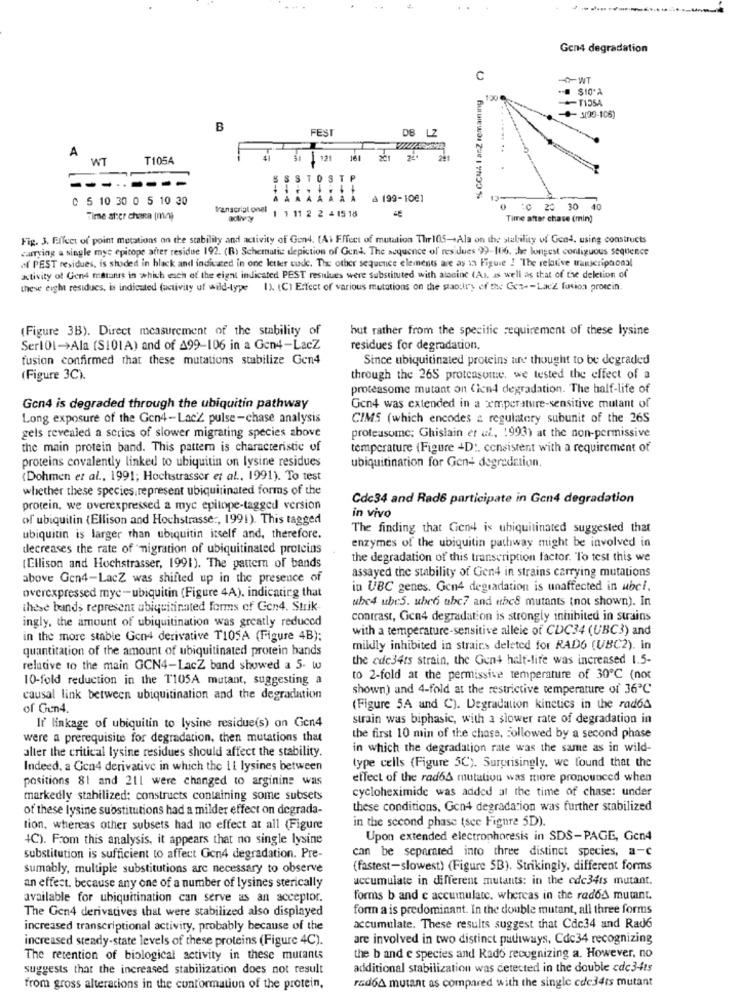
-
Gen4 degradation
C
% CCNA I anZ remaining
$10'A
120
-T1354
B
FEST
DB LZ
A
WT
T105A
121
161
-..
BSSTOSTP
C 5 10 30 0 5 10 30
& 199-1001
transcript onel
1 1 11 2 2 4 15 18
20 30 40
Time ator chaRa (mc)
Time after chase (min)
Fig. 3. Effect of point metations on the stability and activity of Gond. (Ai Fffeet of mutation Thir105-+Ala on the stability of Gond, using constructs
carrying a single myc epicope atter residue 192. (B) Schematic depiction of Gen4. The sequence of residues 99-Hti6. the longest contiguous sequence
PEST residues, is shoded in black and indicated in one letter cude. The other sequence elements are as in Figure ! "The relative transcripnonsl
Ktivity of Gens matanes in which wach of the eight indicated PEST residues were substituted with aloninc (As. as well as that of the deletion of
these eight residues, is indicated (activity uf wild-type 1). (C) Effect of various mutations on the stanley of the Ges -- Lacz fusion protein.
(Figure 3B). Direct measurement of the stability of
but rather from the specific requirement of these lysine
SerlOl->Ala (S101A) and of A99-106 in a Gen4-LacZ
residues for degradation.
fusion confirmed that these mutations stabilize Gen4
Since ubiquitinated proteins are thought to be degraded
(Figure 3C).
through the 26S proteasutte, we tested the effect of a
proteasome mutant on (icn4 degradation. The half-life of
Gon4 is degraded through the ubiquitin pathway
Gen4 was extended in a temperature-sensitive mutant of
Long exposure of the Gon4-LacZ pulse-chase analysis
CIMS (which encodes & regulatery subunit of the 26S
gels revealed a series of slower migrating species above
proteasome; Ghislain et al. 1993) at the non-permissive
the main protein band. This pattern is characteristic of
temperature (Figure +D :. consistent with a requirement of
proteins covalently linked to ubiquitin on lysine residues
ubiquitination for Gen+ degradation.
(Dohmen et al ., 1991; Hochstrasser et al ., 1991). To test
whether these species,represent ubiquitinated forms of the
Cde34 and Rad6 participate in Gen4 degradation
protein, we overexpressed a myc epitope-tagged version
of ubiquitin (Ellison and Hochstrasse ., 1991). This tagged
in vivo
The finding that Gend is ubiquitinated suggested that
ubiquitin is larger than ubiquitin itself and, therefore.
enzymes of the ubiquitin pathway might be involved in
decreases the rate of migration of ubiquitinated proteins
the degradation of this transcription factor. To test this we
[Ellison and Hochstrasser, 1991). The pattern of bands
assayed the stability of Gen4 in strains carrying mutations
above Gen4-LacZ was shifted up in the presence of
overexpressed myc-ubiquitin (Figure 4A). indicating that
in UBC genes. Gen4 degradation is unaffected in ubci.
ube4 ube5. uhes ube7 and ithes mutants (not shown). In
these bands represent abiquitinated forms of Gen4. Strik
ingly, the amount of ubiquitination was greatly reduced
contrast, Gen4 degradation is strongly inhibited in strains
with a temperature-sensitive alleie of CDC34 (UBC3) and
in the more stable Gon4 derivative T105A (Figure 4B):
quantitation of the amount of ubiquitinated protein bands
mildly inhibited in strains deleted for RAD6 (UBC2). in
the cde34ts strain, the Gun4 half-life was increased 1.5-
relative to the main GCN4-LacZ band showed a 5. w
10-fold reduction in the T105A mutant, suggesting a
to 2-fold at the permissive temperature of 30℃ (not
shown) and 4-fold at the restrictive temperature of 36℃
causal link between ubiquitination and the degradation
of Gen4.
(Figure 5A and C). Degradation kinetics in the rad64
strain was biphasic, with a slower rate of degradation in
If' linkage of ubiquitin to lysine residue(s) on Gen4
were a prerequisite for degradation, then mutations that
the first 10 min of the chass, Followed by a second phase
alter the critical lysine residues should affect the stability.
in which the degradation rate was the same as in wild-
type cells (Figure 5C). Surprisingly, we found that the
Indeed, a Gen4 derivative in which the 1 l lysines between
positions 81 and 211 were changed to arginine was
effect of the rad65 mutation was more pronounced when
cycloheximide was added at the time of chase: under
markedly stabilized; constructs containing some subsets
of these lysine substitutions had a milder effect on degrada-
these conditions, Gon4 degradation was further stabilized
in the second phase (see Figure 5D).
tion, whereas other subsets had no effect at all (Figure
4C). From this analysis, it appears that no single lysine
Upon extended electrophoresis in SDS-PAGE, Gon4
can be separated into three distinct species, a-c
substitution is sufficient to affect Gen4 degradation. Pre-
sumably, multiple substitutions are necessary to observe
(fastest-slowest) (Figure 5B). Strikingly, different forms
accumulate in different mutants: in the cdc34ts mutant.
an effect. because any one of a number of lysines sterically
available for ubiquitination can serve as an acceptor.
forms b and c accumulate. whereas in the rados mutant.
The Gen4 derivatives that were stabilized also displayed
for a is predominant. In the double mutant, all three forms
increased transcriptional activity, probably because of the
accumulate. These results suggest that Cdc34 and Rad6
increased steady-state levels of these proteins (Figure 4C).
are involved in two distinct pathways, Cdc34 recognizing
The retention of biological activity in these mutants
the b and e species and Rado recognizing a. However, no
suggests that the increased stabilization does not result
additional stabilization was detected in the double cdc3-4ts
radoA mutant as compared with the single cde34ts mutant
from gross alterations in the conformation of the protein,